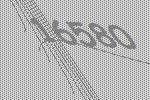
16580